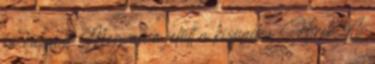
be valamit Megvan a jelölt a kispadra Hírek A